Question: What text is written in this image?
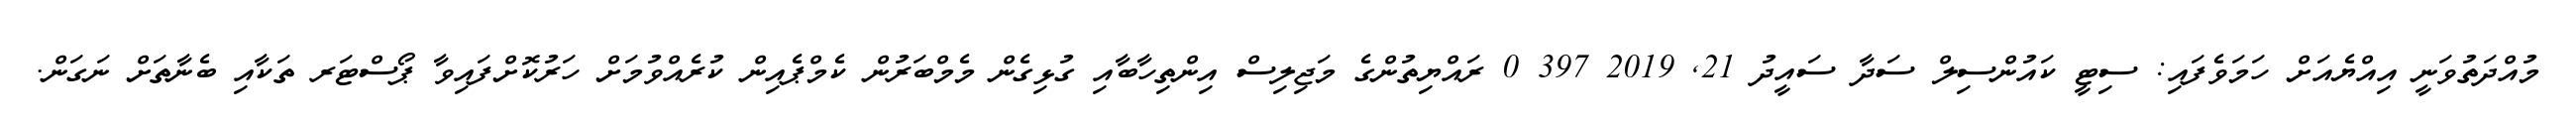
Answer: މުއްދަތުވަނީ އިއްޔެއަށް ހަމަވެފައި: ސިޓީ ކައުންސިލް ސަދާ ސައީދު 21, 2019 397 0 ރައްޔިތުންގެ މަޖިލިސް އިންތިހާބާއި ގުޅިގެން މެމްބަރުން ކެމްޕެއިން ކުރެއްވުމަށް ހަރުކޮށްފައިވާ ޕޯސްޓަރ ތަކާއި ބެނާތަށް ނަގަން.